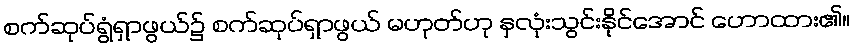
စက်ဆုပ်ရွံရှာဖွယ်၌ စက်ဆုပ်ရှာဖွယ် မဟုတ်ဟု နှလုံးသွင်းနိုင်အောင် ဟောထား၏။